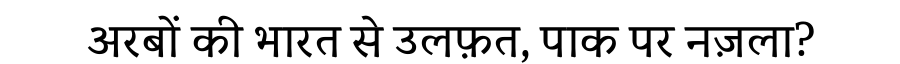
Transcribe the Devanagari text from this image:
अरबों की भारत से उलफ़त, पाक पर नज़ला?